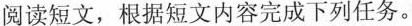
阅读短文,根据短文内容完成下列任务.